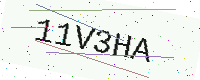
Text: 11V3HA